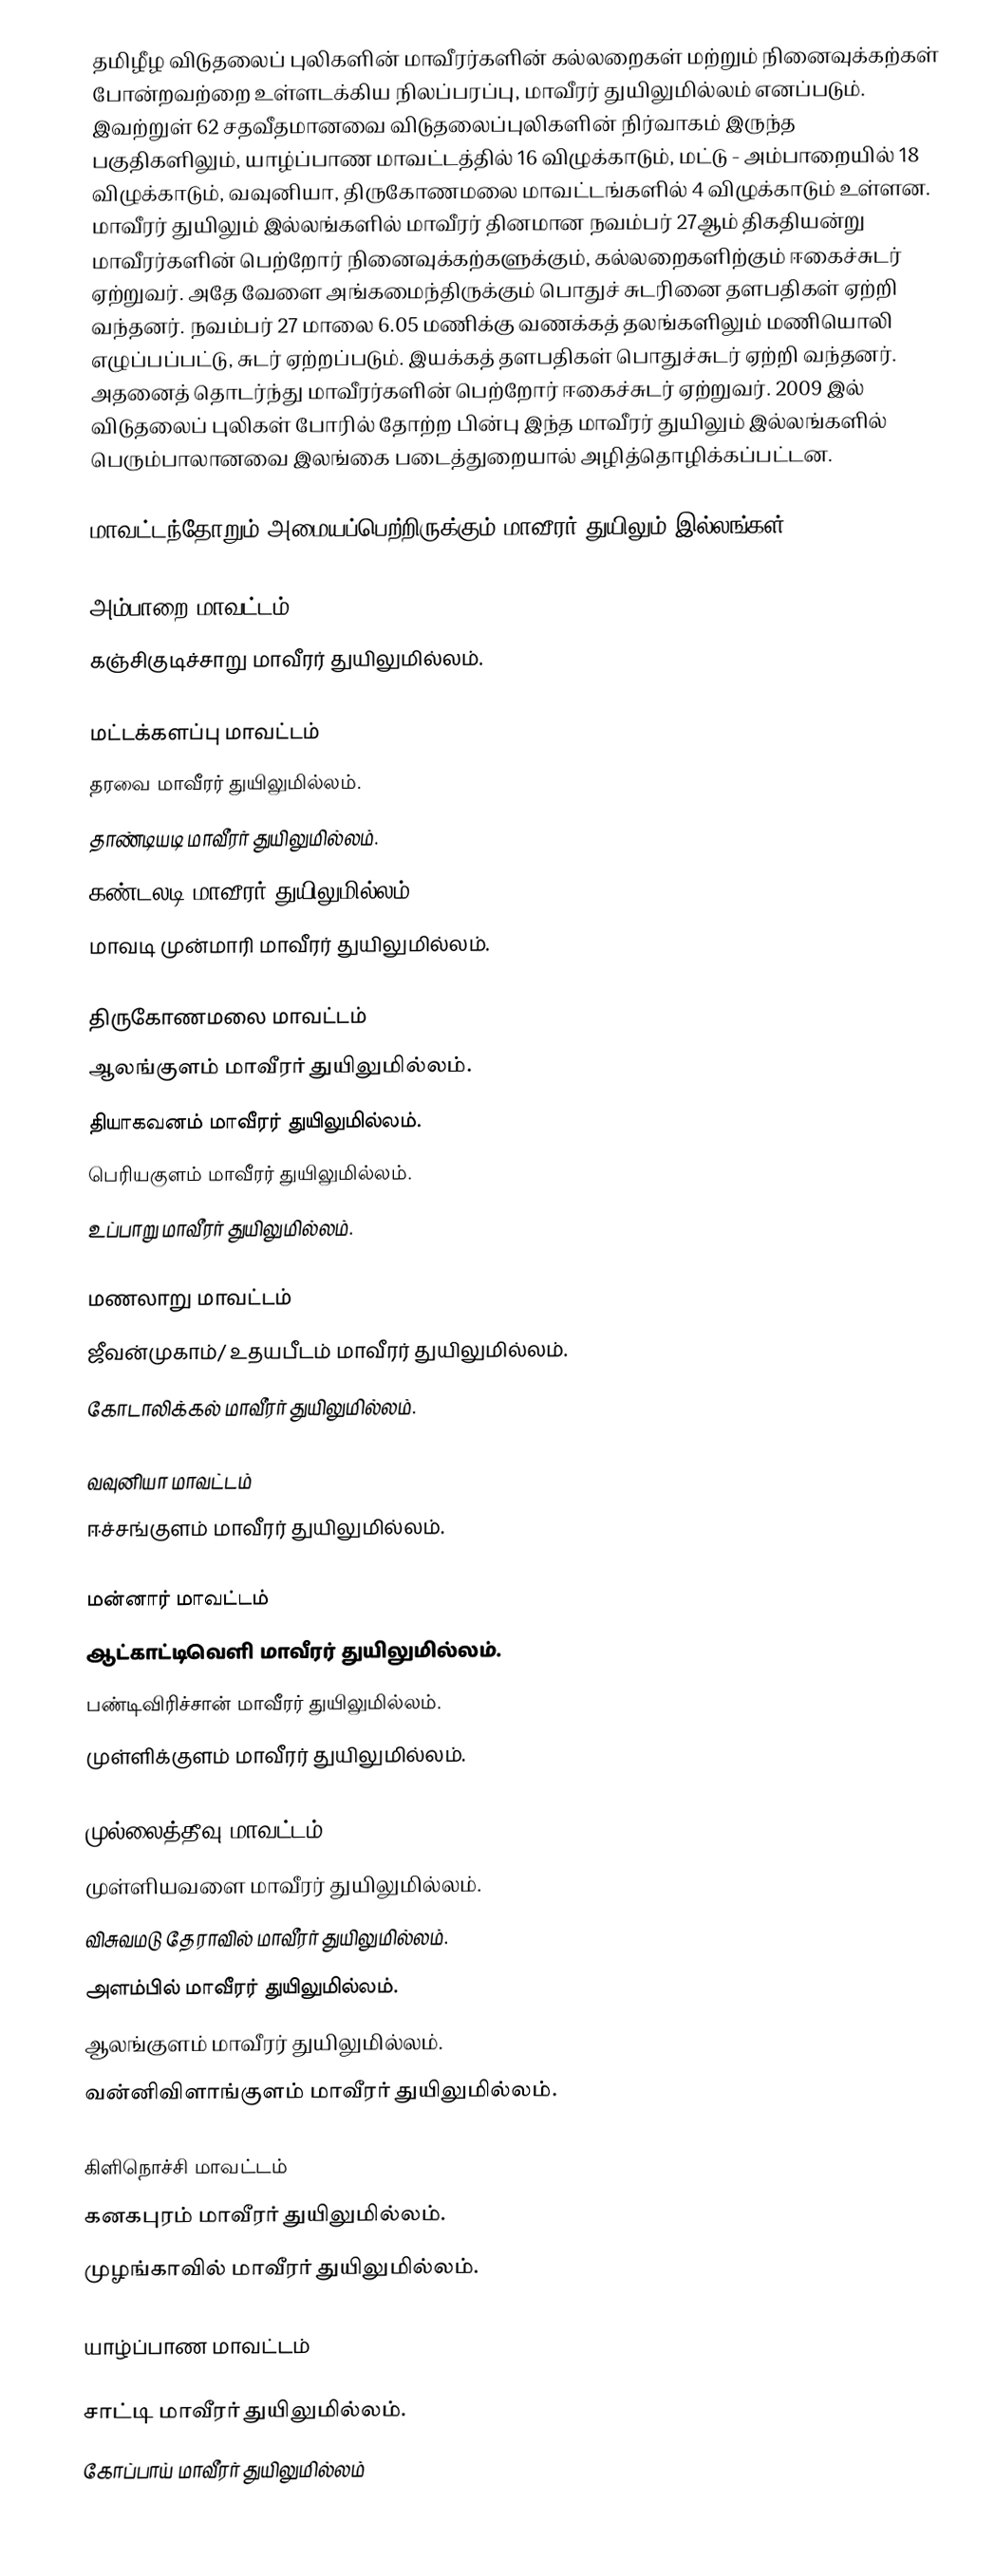
தமிழீழ விடுதலைப் புலிகளின் மாவீரர்களின் கல்லறைகள் மற்றும் நினைவுக்கற்கள் போன்றவற்றை உள்ளடக்கிய நிலப்பரப்பு, மாவீரர் துயிலுமில்லம் எனப்படும். இவற்றுள் 62 சதவீதமானவை விடுதலைப்புலிகளின் நிர்வாகம் இருந்த பகுதிகளிலும், யாழ்ப்பாண மாவட்டத்தில் 16 விழுக்காடும், மட்டு - அம்பாறையில் 18 விழுக்காடும், வவுனியா, திருகோணமலை மாவட்டங்களில் 4 விழுக்காடும் உள்ளன. மாவீரர் துயிலும் இல்லங்களில் மாவீரர் தினமான நவம்பர் 27ஆம் திகதியன்று மாவீரர்களின் பெற்றோர் நினைவுக்கற்களுக்கும், கல்லறைகளிற்கும் ஈகைச்சுடர் ஏற்றுவர். அதே வேளை அங்கமைந்திருக்கும் பொதுச் சுடரினை தளபதிகள் ஏற்றி வந்தனர். நவம்பர் 27 மாலை 6.05 மணிக்கு வணக்கத் தலங்களிலும் மணியொலி எழுப்பப்பட்டு, சுடர் ஏற்றப்படும். இயக்கத் தளபதிகள் பொதுச்சுடர் ஏற்றி வந்தனர். அதனைத் தொடர்ந்து மாவீரர்களின் பெற்றோர் ஈகைச்சுடர் ஏற்றுவர். 2009 இல் விடுதலைப் புலிகள் போரில் தோற்ற பின்பு இந்த மாவீரர் துயிலும் இல்லங்களில் பெரும்பாலானவை இலங்கை படைத்துறையால் அழித்தொழிக்கப்பட்டன.

மாவட்டந்தோறும் அமையப்பெற்றிருக்கும் மாவீரர் துயிலும் இல்லங்கள்

அம்பாறை மாவட்டம்
 கஞ்சிகுடிச்சாறு  மாவீரர் துயிலுமில்லம்.

மட்டக்களப்பு மாவட்டம்
 தரவை மாவீரர் துயிலுமில்லம்.
 தாண்டியடி மாவீரர் துயிலுமில்லம்.
 கண்டலடி மாவீரர் துயிலுமில்லம்.
 மாவடி முன்மாரி மாவீரர் துயிலுமில்லம்.

திருகோணமலை மாவட்டம்
 ஆலங்குளம் மாவீரர் துயிலுமில்லம்.
 தியாகவனம் மாவீரர் துயிலுமில்லம்.
 பெரியகுளம் மாவீரர் துயிலுமில்லம்.
 உப்பாறு மாவீரர் துயிலுமில்லம்.

மணலாறு மாவட்டம்
 ஜீவன்முகாம்/ உதயபீடம் மாவீரர் துயிலுமில்லம்.
 கோடாலிக்கல் மாவீரர் துயிலுமில்லம்.

வவுனியா மாவட்டம்
 ஈச்சங்குளம் மாவீரர் துயிலுமில்லம்.

மன்னார் மாவட்டம்
 ஆட்காட்டிவெளி மாவீரர் துயிலுமில்லம்.
 பண்டிவிரிச்சான் மாவீரர் துயிலுமில்லம்.
 முள்ளிக்குளம் மாவீரர் துயிலுமில்லம்.

முல்லைத்தீவு மாவட்டம்
 முள்ளியவளை மாவீரர் துயிலுமில்லம்.
 விசுவமடு தேராவில் மாவீரர் துயிலுமில்லம்.
 அளம்பில் மாவீரர் துயிலுமில்லம்.
 ஆலங்குளம் மாவீரர் துயிலுமில்லம்.
 வன்னிவிளாங்குளம் மாவீரர் துயிலுமில்லம்.

கிளிநொச்சி மாவட்டம்
 கனகபுரம் மாவீரர் துயிலுமில்லம்.
 முழங்காவில் மாவீரர் துயிலுமில்லம்.

யாழ்ப்பாண மாவட்டம்

 சாட்டி மாவீரர் துயிலுமில்லம்.
 கோப்பாய் மாவீரர் துயிலுமில்லம்